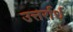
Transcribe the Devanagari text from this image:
उत्तर्रार्ध